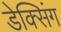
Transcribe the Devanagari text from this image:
डेक्सिंग